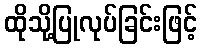
ထိုသို့ပြုလုပ်ခြင်းဖြင့်